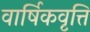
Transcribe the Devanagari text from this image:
वार्षिकवृत्ति